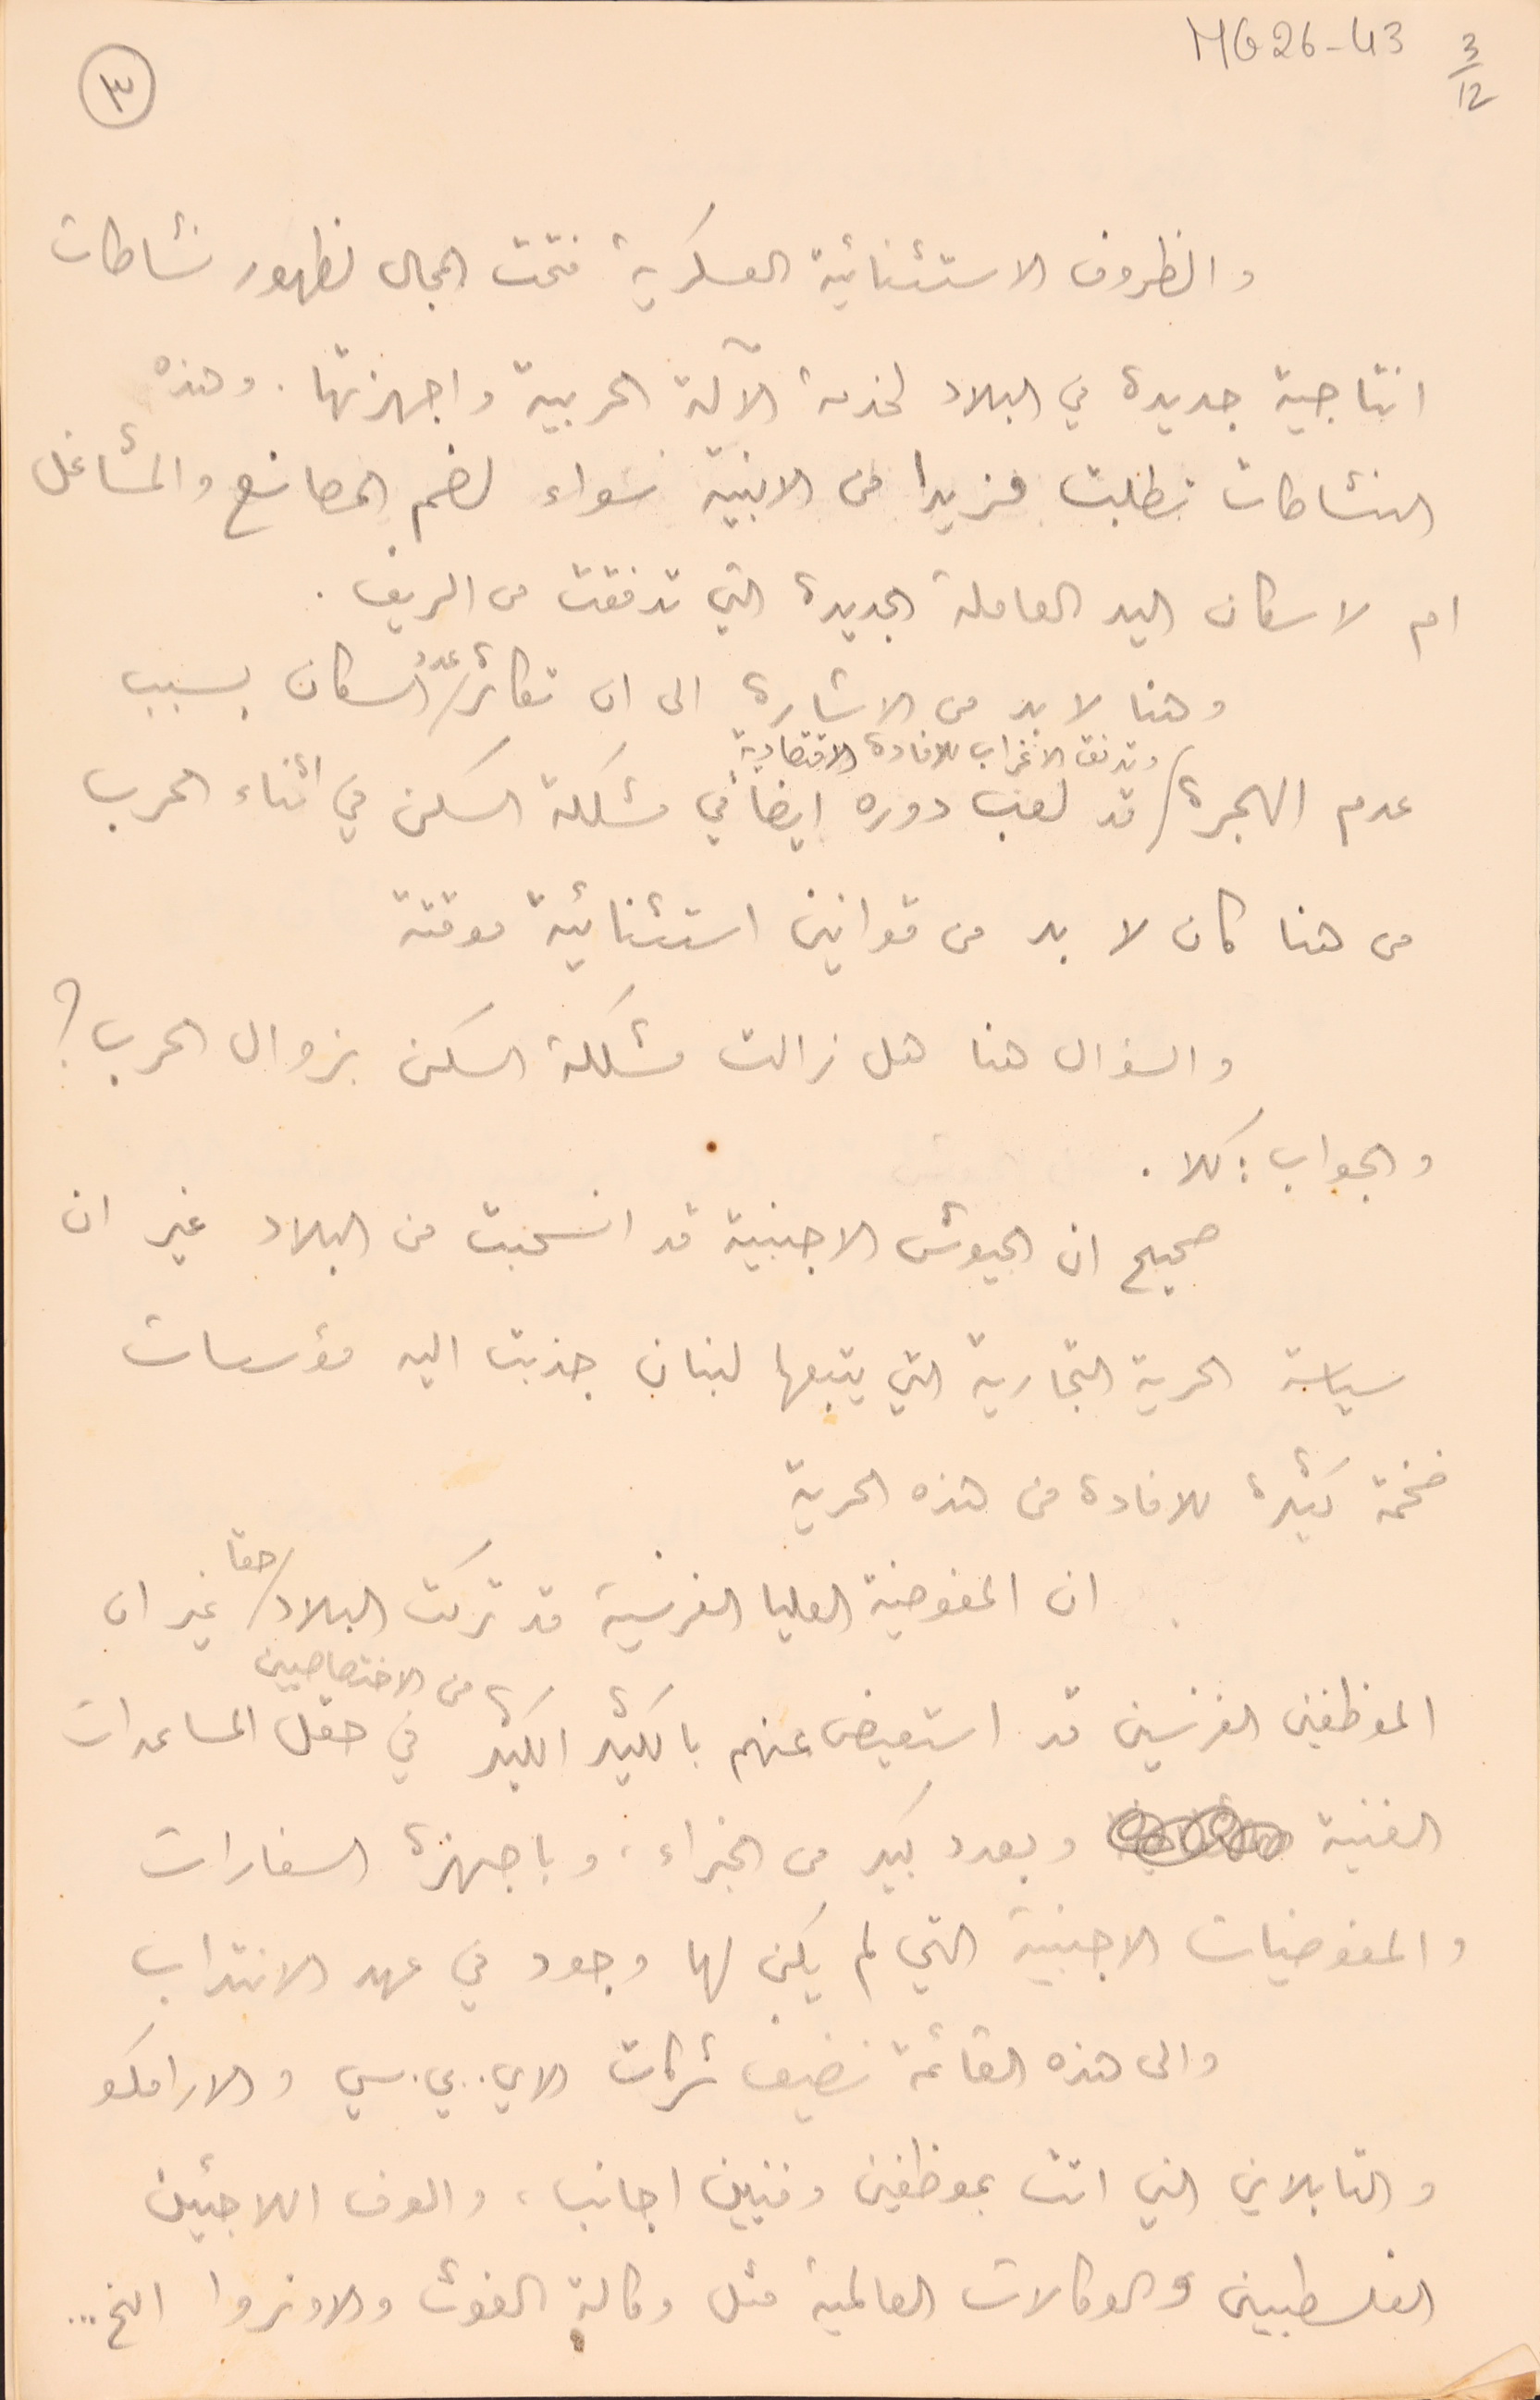
MG26-43   3/12
٣  لك
والظروف الاستثنائية العسكرية فتحت المجال لظهور نشاطات
انتاجية جديدة في البلاد لخدمة الآلة الحربية واجهزتها. وهذه
النشاطات تطلبت مزيدا من الابنية سواء لضم المصانع والمشاغل
ام لاسكان اليد العاملة الجديدة التي تدفقت من الريف.
عدم الهجرة وتدفق الاغراب للافادة الاقتصادية قد لعب دوره ايضا في مشكلة السكن في اثناء الحرب
من هنا كان لا بد من قوانين استثنائية موقتة
والسؤال هنا هل زالت مشكلة السكن بزوال الحرب؟
والجواب : كلا   .
صحيح ان الجيوش الاجنبية قد انسحبت من البلاد غير ان
سياسة الحرية التجارية التي يتبعها لبنان جذبت اليه مؤسسات
فخمة كثيرة للافادة من هذه الحرية
ان المفوضية العليا الفرنسية قد تركت البلاد حقاً غير ان
الموظفين الفرنسين قد استعيض عنهم بالكثير الكثير من الاختصاصيين في حقل المساعدات
الفنية وبعدد كبيد من الخبراء وباجهزة السفارات
والمفوضيات الاجنبية التي لم يكن لها وجود في عهد الانتداب
والى هذه القائمة نضيف شركات الاي. بي. سي. والارامكو
والتابلاين التي اتت بموظفين وفنيين اجانب، والوف اللاجئين
الفلسطبين والوكالات العالمية مثل وكالة الغوث والاونروا الخ..
وهنا لا بد من الاشارة الى ان تكاثر عدد السكان بسبب